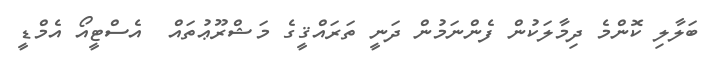
ބަލާލި ކޮންމެ ދިމާލަކުން ފެންނަމުން ދަނީ ތަރައްޤީގެ މަޝްރޫޢުތައް  އެސްޓީއޯ އެމްޑީ